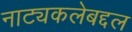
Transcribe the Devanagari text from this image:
नाट्यकलेबद्दल